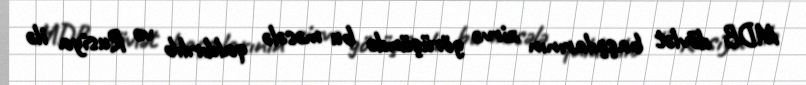
MDB dövlət başçılarının zirvə görüşündə bu məsələ qaldırılıb və Rusiya ilə